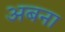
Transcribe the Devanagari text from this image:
अबना